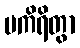
ပကိရိတွာ